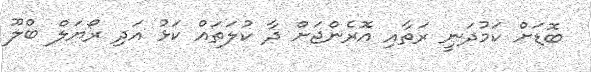
ބޮޑަށް ކަމުދަނީ ރަތާއި އޮރެންޖަށް ދާ ކުލަތައް ކަޅު އަދި ރޯޔަލް ބްލޫ